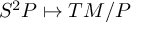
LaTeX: S ^ { 2 } P \mapsto T M / P